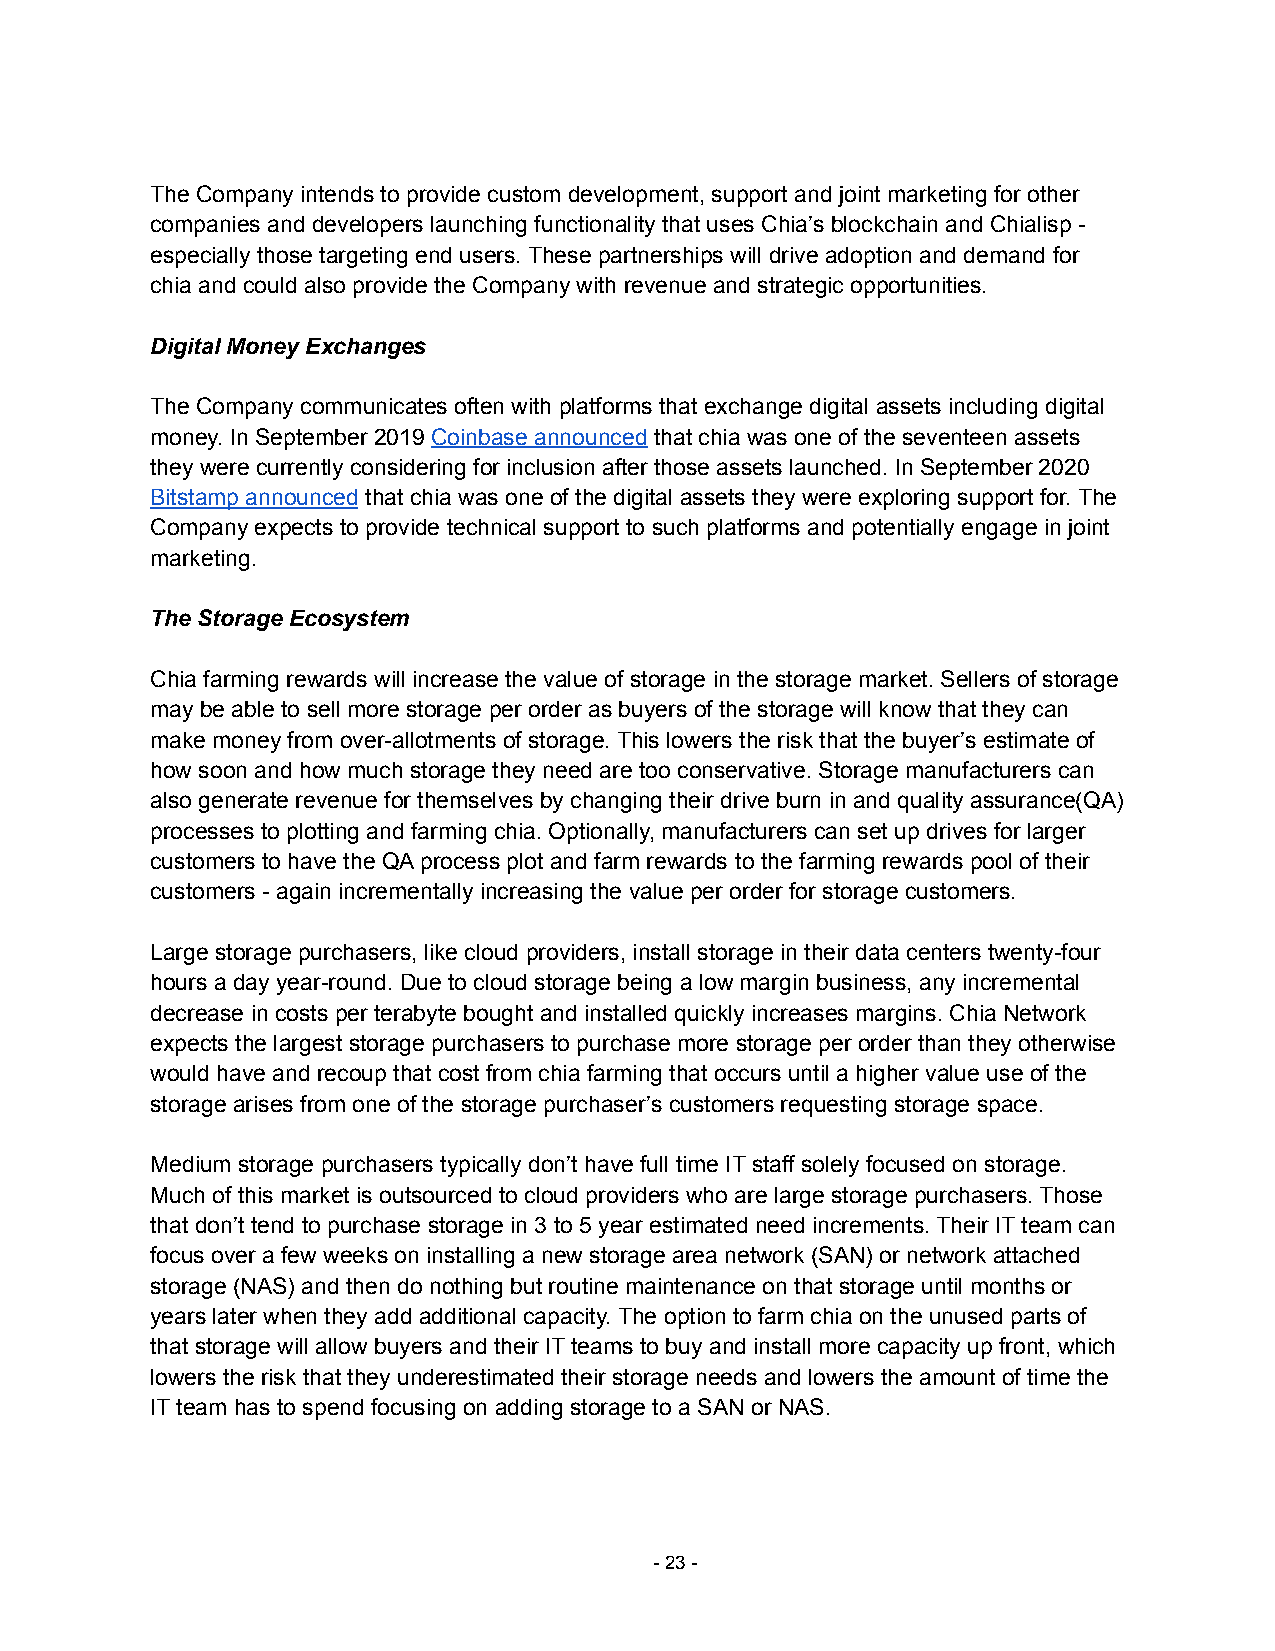
The Company intends to provide custom development, support and joint marketing for other
 companies and developers launching functionality that uses Chia’s blockchain and Chialisp -
 especially those targeting end users. These partnerships will drive adoption and demand for
 chia and could also provide the Company with revenue and strategic opportunities.
 Digital Money Exchanges
 The Company communicates often with platforms that exchange digital assets including digital
 money. In September 2019 Coinbase announced that chia was one of the seventeen assets
 they were currently considering for inclusion after those assets launched. In September 2020
 Bitstamp announced that chia was one of the digital assets they were exploring support for. The
 Company expects to provide technical support to such platforms and potentially engage in joint
 marketing.
 The Storage Ecosystem
 Chia farming rewards will increase the value of storage in the storage market. Sellers of storage
 may be able to sell more storage per order as buyers of the storage will know that they can
 make money from over-allotments of storage. This lowers the risk that the buyer’s estimate of
 how soon and how much storage they need are too conservative. Storage manufacturers can
 also generate revenue for themselves by changing their drive burn in and quality assurance(QA)
 processes to plotting and farming chia. Optionally, manufacturers can set up drives for larger
 customers to have the QA process plot and farm rewards to the farming rewards pool of their
 customers - again incrementally increasing the value per order for storage customers.
 Large storage purchasers, like cloud providers, install storage in their data centers twenty-four
 hours a day year-round. Due to cloud storage being a low margin business, any incremental
 decrease in costs per terabyte bought and installed quickly increases margins. Chia Network
 expects the largest storage purchasers to purchase more storage per order than they otherwise
 would have and recoup that cost from chia farming that occurs until a higher value use of the
 storage arises from one of the storage purchaser’s customers requesting storage space.
 Medium storage purchasers typically don’t have full time IT staff solely focused on storage.
 Much of this market is outsourced to cloud providers who are large storage purchasers. Those
 that don’t tend to purchase storage in 3 to 5 year estimated need increments. Their IT team can
 focus over a few weeks on installing a new storage area network (SAN) or network attached
 storage (NAS) and then do nothing but routine maintenance on that storage until months or
 years later when they add additional capacity. The option to farm chia on the unused parts of
 that storage will allow buyers and their IT teams to buy and install more capacity up front, which
 lowers the risk that they underestimated their storage needs and lowers the amount of time the
 IT team has to spend focusing on adding storage to a SAN or NAS.
 -23-